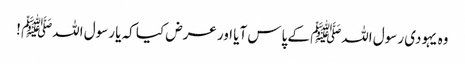
وہ یہودی رسول اللہﷺ کے پاس آیا اور عرض کیا کہ یا رسول اللہﷺ !